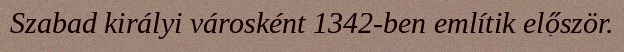
Szabad királyi városként 1342-ben említik először.